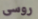
روسى